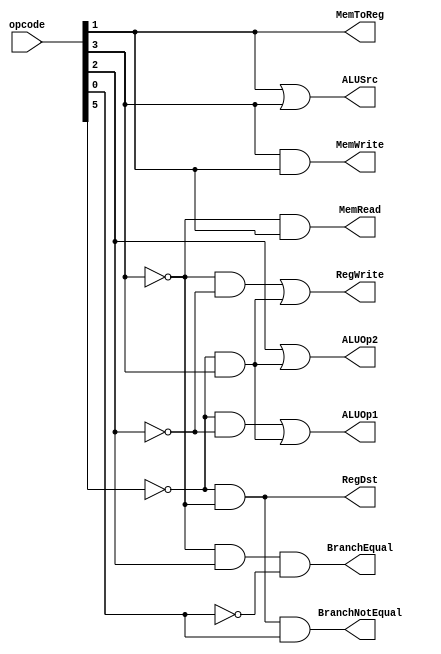
module Control_Unit(opcode, RegDst, ALUSrc, MemToReg, RegWrite, MemRead, MemWrite, BranchEqual, BranchNotEqual, ALUOp1, ALUOp2);

    input [5:0] opcode;
    output RegDst, ALUSrc, MemToReg, RegWrite, MemRead, MemWrite, BranchEqual, BranchNotEqual, ALUOp1, ALUOp2;

    wire a, b, c, d, e, f;

    assign a = opcode[5];
    assign b = opcode[4];
    assign c = opcode[3];
    assign d = opcode[2];
    assign e = opcode[1];
    assign f = opcode[0];

    assign RegDst = ~a & ~c;
    assign ALUSrc = e | c;
    assign MemToReg = e;
    assign RegWrite = (~c & ~d) | (~a & c);
    assign MemRead = ~c & e;
    assign MemWrite = c & e;
    assign BranchEqual = ~c & d & ~f;
    assign BranchNotEqual = ~a & ~c & f;
    assign ALUOp1 = (~a & ~d) | (~a & c);
    assign ALUOp2 = d | (~a & c);

endmodule